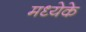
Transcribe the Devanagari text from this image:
मध्येके